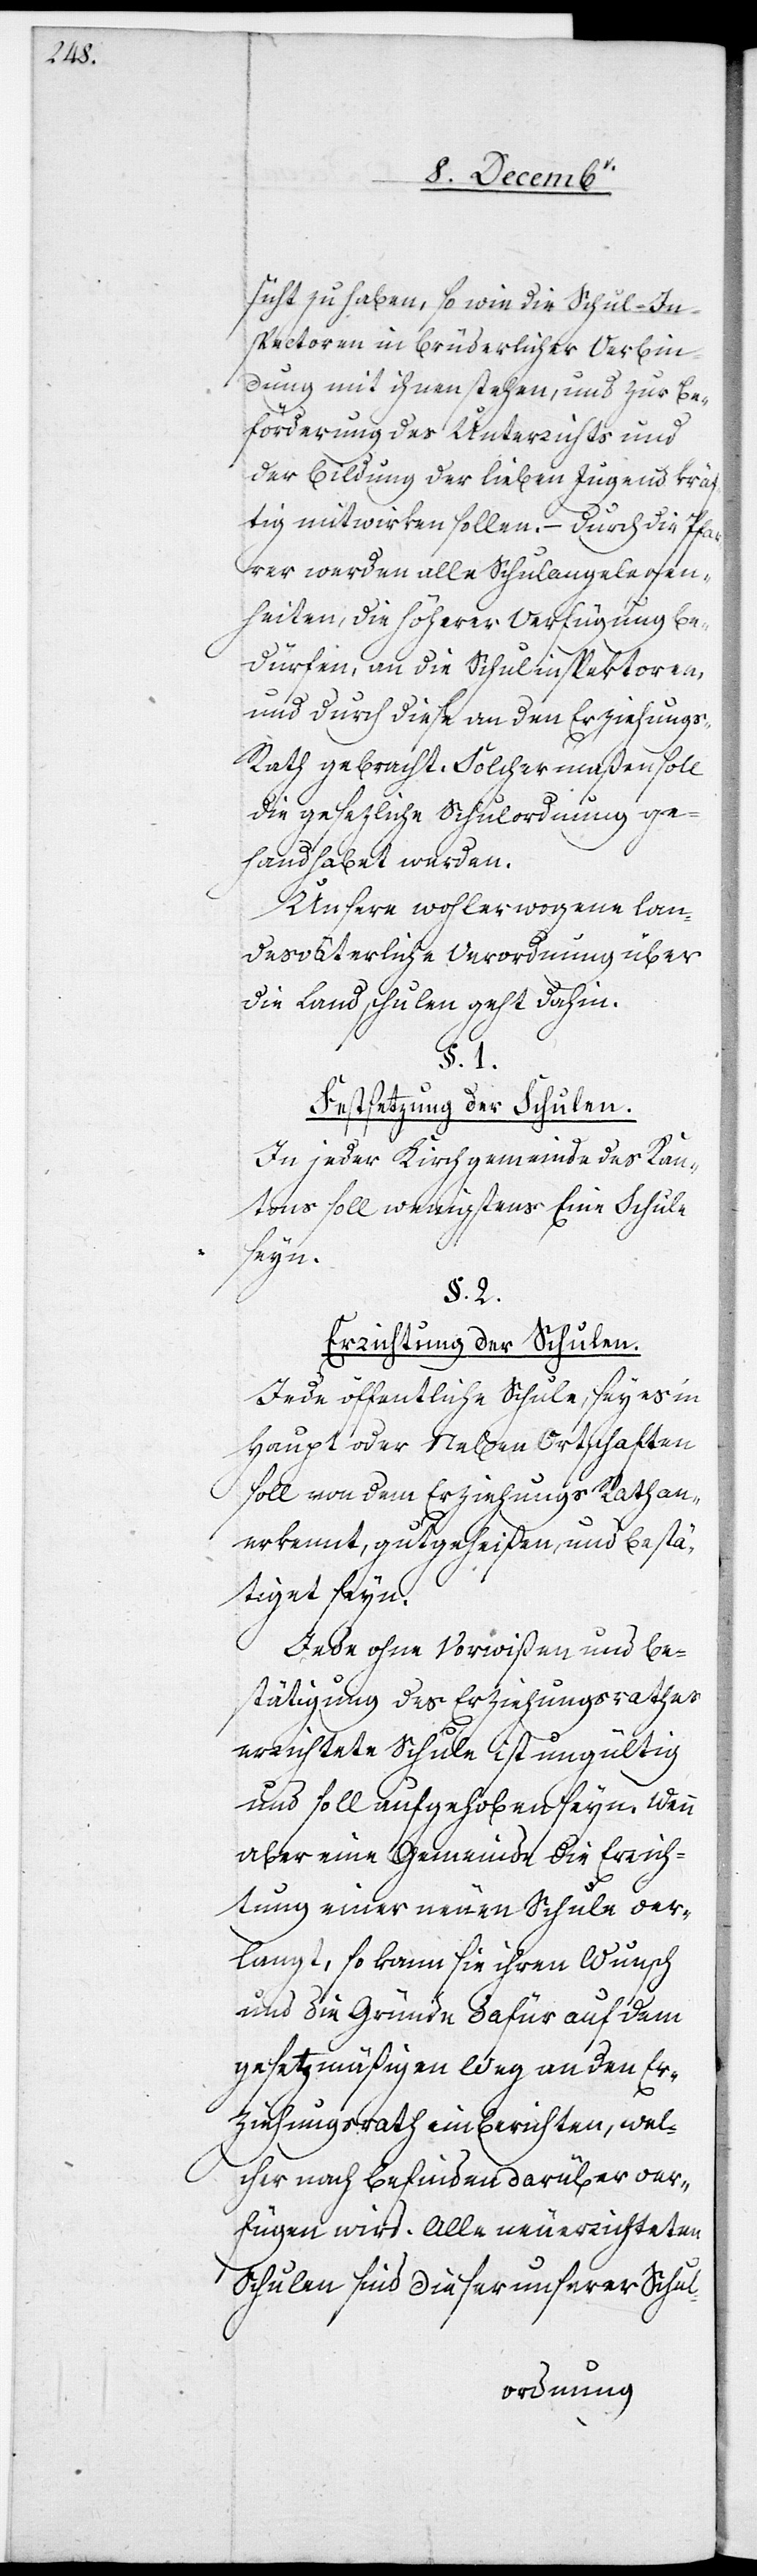
sicht zu haben, so wie die Schul-Ins¬
pectoren in brüderlicher Verbin¬
dung mit ihnen stehen, und zur Be¬
förderung des Unterrichts und
der Bildung der lieben Jugend kräf¬
tig mitwirken sollen. – Durch die Pfar¬
rer werden alle Schulangelegen¬
heiten, die höherer Verfügung be¬
dürfen, an die Schulinspektoren,
und durch diese an den Erziehung¬
s-Rath gebracht. Solchermaßen soll
die gesezliche Schulordnung ge¬
handhabet werden.
Unsere wohlerwogene lan¬
desväterliche Verordnung über
die Landschulen geht dahin.
§. 1.
Festsetzung der Schulen.
In jeder Kirchgemeinde des Kan¬
tons soll wenigstens Eine Schule
seyn.
§. 2.
Errichtung der Schulen.
Jede öffentliche Schule, sey es in
Haupt[-] oder Neben[-]Ortschaften
soll von dem Erziehungs[-]Rath an¬
erkennt, gutgeheißen, und bestä¬
tiget seyn.
Jede ohne Vorwißen und Be¬
stätigung des Erziehungsrathes
errichtete Schule ist ungültig
und soll aufgehoben seyn. Wenn
aber eine Gemeinde die Errich¬
tung einer neuen Schule ver¬
langt, so kann sie ihren Wunsch
und die Gründe dafür auf dem
gesetzmäßigen Weg an den Er¬
ziehungsrath einberichten, wel¬
cher nach Befinden darüber ver¬
fügen wird. Alle neuerrichteten
Schulen sind dieser unserer Schul-